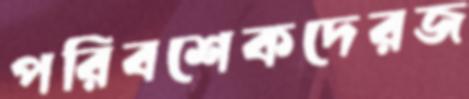
পরিবশেকদেরজ